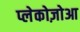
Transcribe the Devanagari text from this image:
प्लेकोज़ोआ